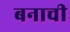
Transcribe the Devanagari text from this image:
बनाची